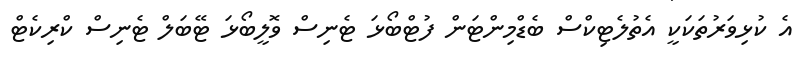
އެ ކުޅިވަރުތަކަކީ އެތުލެޓިކްސް ބެޑްމިންޓަން ފުޓްބޯޅަ ޓެނިސް ވޮލީބޯޅަ ޓޭބަލް ޓެނިސް ކްރިކެޓް